system: You are a helpful assistant.
user:
Analyze the provided spectrum to determine if it is a **"Cataclysmic Variables (CV)"**.

- **Key Indicators for CV (Check for either state):**
    - **State 1: Quiescent / Low-State (Emission-Dominated)**
        - **(Primary):** Strong and *very broad* Hydrogen Balmer emission lines (e.g., $H\alpha$ at 6563 Å, $H\beta$ at 4861 Å). The 'broadness' (high velocity dispersion, often FWHM > 1000 km/s) is the key diagnostic, indicating a high-velocity accretion disk.
        - **(Secondary):** Broad neutral Helium (He I) emission lines (e.g., 5876 Å, 6678 Å).
        - **(Key Confirmation):** Presence of high-excitation *ionized* Helium (He II) emission at 4686 Å. This is a strong indicator of accretion onto a white dwarf.
        - **(Line Profile):** Emission lines may exhibit a 'double-peaked' profile, which is a classic signature of a rotating accretion disk viewed at high inclination.

    - **State 2: Outburst / High-State (Absorption-Dominated)**
        - **(Primary):** Spectrum is dominated by a bright, blue continuum (looks like a hot star).
        - **(Secondary):** The emission lines from State 1 are weak, absent, or 'filled in', and are replaced by broad, shallow *absorption* lines (primarily Balmer and He I).
        - **(Morphology):** The overall spectrum mimics a hot B/A-type star. The crucial difference is that the absorption lines are significantly broader, shallower, and more 'washed-out' (or 'smeared') than the sharp lines of a normal stellar photosphere, due to high rotational speeds and pressure broadening in the disk.

Think first, call **spectral_visualization_tool** if needed to examine features in detail, then provide your final answer. Your response must adhere to the following strict rules:
1.  **Overall Structure:** Your response must follow the format `<think>...</think> <tool_call>...</tool_call> (if a tool is used) <answer>...</answer>`.
2.  **Tool Usage Constraint:** You may only make **one** tool call per turn.
3.  **Final Answer Format:** In the `<answer>` tag, your conclusion must be inside a `\boxed{}` command (e.g., `\boxed{YES}`), followed by your justification.

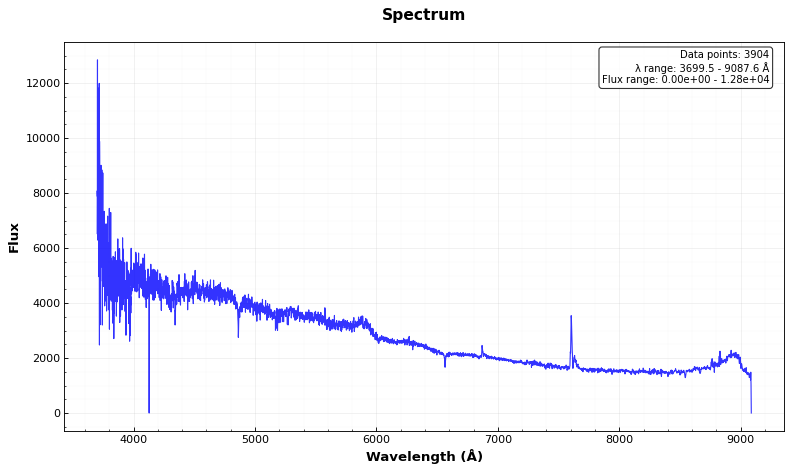
Answer: NO